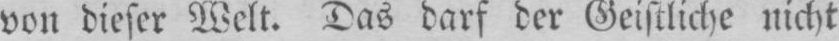
von dieser Welt. Das darf der Geistliche nicht